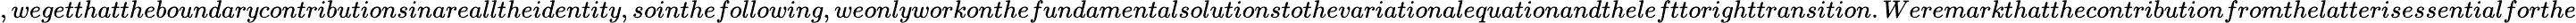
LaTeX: ,wegetthattheboundarycontributionsinarealltheidentity,sointhefollowing,weonlyworkonthefundamentalsolutionstothevariationalequationandthelefttorighttransition.Weremarkthatthecontributionfromthelatterisessentialforthe